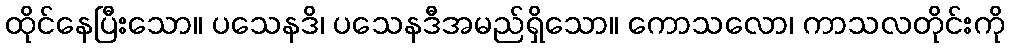
ထိုင်နေပြီးသော။ ပသေနဒိ၊ ပသေနဒီအမည်ရှိသော။ ကောသလော၊ ကာသလတိုင်းကို